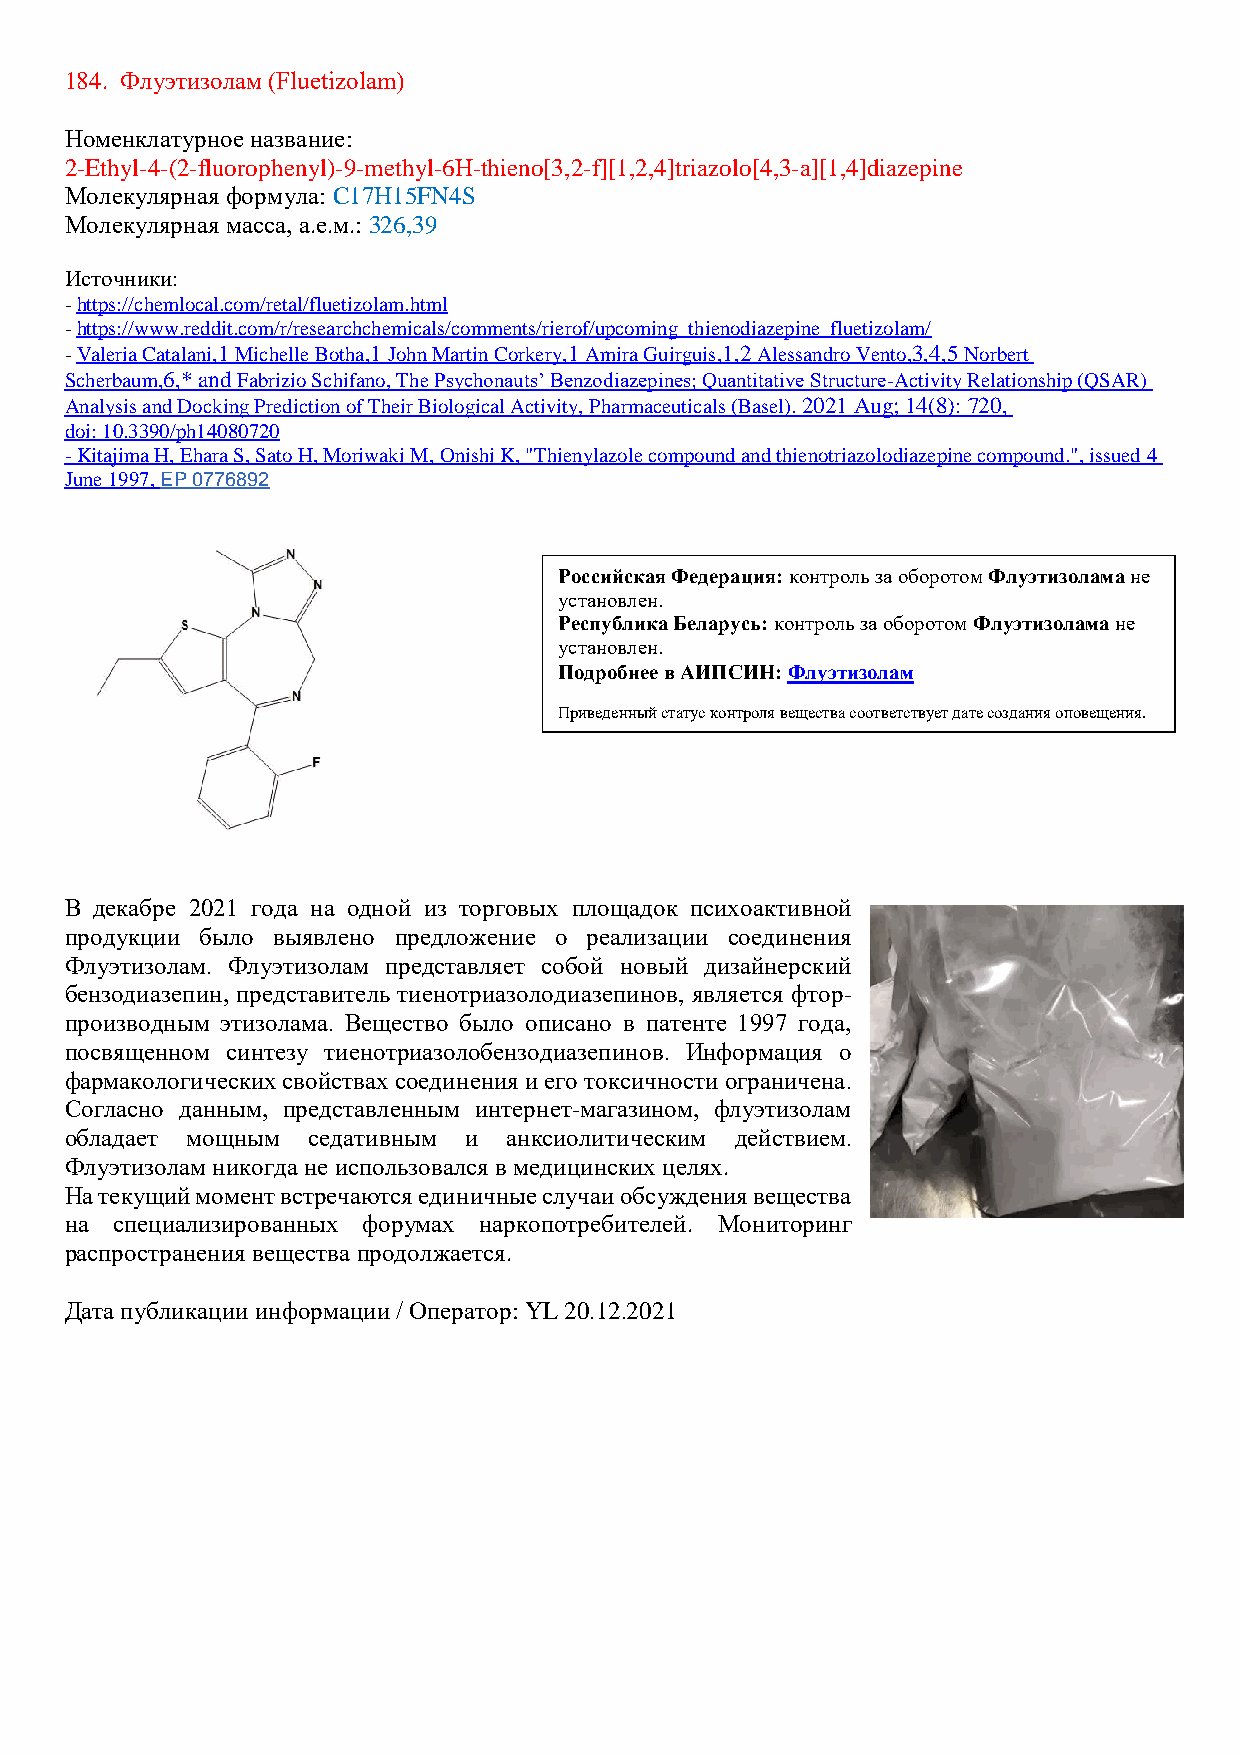
184. Флуэтизолам (Fluetizolam)
 Номенклатурное название:
 2-Ethyl-4-(2-fluorophenyl)-9-methyl-6H-thieno[3,2-f][1,2,4]triazolo[4,3-a][1,4]diazepine
 Молекулярная формула: C17H15FN4S
 Молекулярная масса, а.е.м.: 326,39
 Источники:
 - https://chemlocal.com/retal/fluetizolam.html
 - https://www.reddit.com/r/researchchemicals/comments/rierof/upcoming_thienodiazepine_fluetizolam/
 - Valeria Catalani,1 Michelle Botha,1 John Martin Corkery,1 Amira Guirguis,1,2 Alessandro Vento,3,4,5 Norbert
 Scherbaum,6,* and Fabrizio Schifano, The Psychonauts’ Benzodiazepines; Quantitative Structure-Activity Relationship (QSAR)
 Analysis and Docking Prediction of Their Biological Activity, Pharmaceuticals (Basel). 2021 Aug; 14(8): 720,
 doi: 10.3390/ph14080720
 - Kitajima H, Ehara S, Sato H, Moriwaki M, Onishi K, "Thienylazole compound and thienotriazolodiazepine compound.", issued 4
 June 1997, EP 0776892
 Российская Федерация: контроль за оборотом Флуэтизолама не
 установлен.
 Республика Беларусь: контроль за оборотом Флуэтизолама не
 установлен.
 Подробнее в АИПСИН: Флуэтизолам
 Приведенный статус контроля вещества соответствует дате создания оповещения.
 В декабре 2021 года на одной из торговых площадок психоактивной
 продукции было выявлено предложение о реализации соединения
 Флуэтизолам. Флуэтизолам представляет собой новый дизайнерский
 бензодиазепин, представитель тиенотриазолодиазепинов, является фтор-
 производным этизолама. Вещество было описано в патенте 1997 года,
 посвященном синтезу тиенотриазолобензодиазепинов. Информация о
 фармакологических свойствах соединения и его токсичности ограничена.
 Согласно данным, представленным интернет-магазином, флуэтизолам
 обладает мощным седативным и  анксиолитическим действием.
 Флуэтизолам никогда не использовался в медицинских целях.
 На текущий момент встречаются единичные случаи обсуждения вещества
 на специализированных форумах наркопотребителей. Мониторинг
 распространения вещества продолжается.
 Дата публикации информации / Оператор: YL 20.12.2021